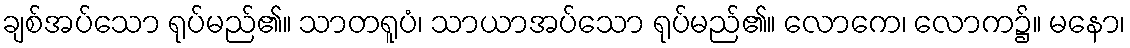
ချစ်အပ်သော ရုပ်မည်၏။ သာတရူပံ၊ သာယာအပ်သော ရုပ်မည်၏။ လောကေ၊ လောက၌။ မနော၊